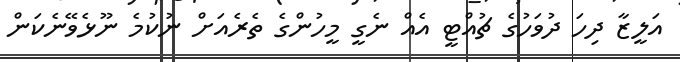
އަލީޒާ ދިހަ ދުވަހުގެ ޗުއްޓީ އެއް ނެގީ މީހުންގެ ތެރެއަށް ނުކުމެ ނޫޅެވޭނެކަން